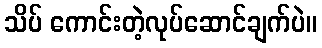
သိပ် ကောင်းတဲ့လုပ်ဆောင်ချက်ပဲ။